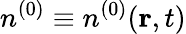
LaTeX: n^{(0)}\equiv n^{(0)}({\mathbf r},t)